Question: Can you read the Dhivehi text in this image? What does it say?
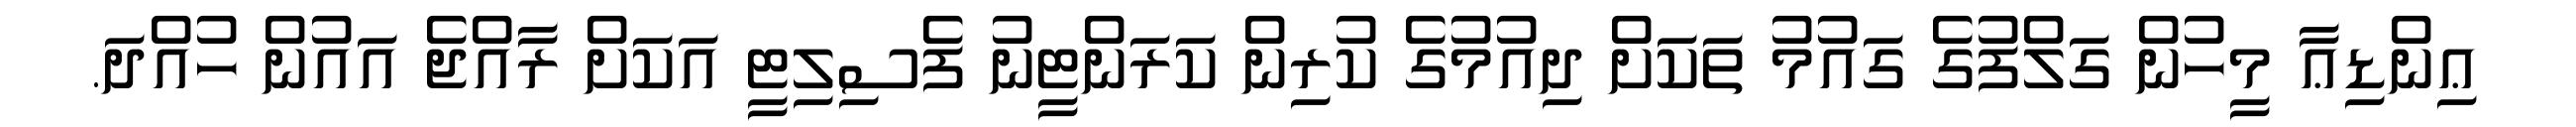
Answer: ޢިންޑިޢާ މީހުން ގަލްފުގެ ގައުމު ތަކަށް ދިއުމުގެ ކުރިން ކަރަންޓީނު ފެސިލިޓީ އަކަށް ރާއްޖެ އައުން ހުއްދަ.